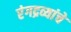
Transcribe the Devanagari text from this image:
रंगद्रव्यांचे